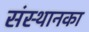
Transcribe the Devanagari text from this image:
संस्थानका